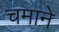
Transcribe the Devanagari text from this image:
चमाने